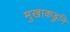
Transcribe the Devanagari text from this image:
मुखाकडुनि